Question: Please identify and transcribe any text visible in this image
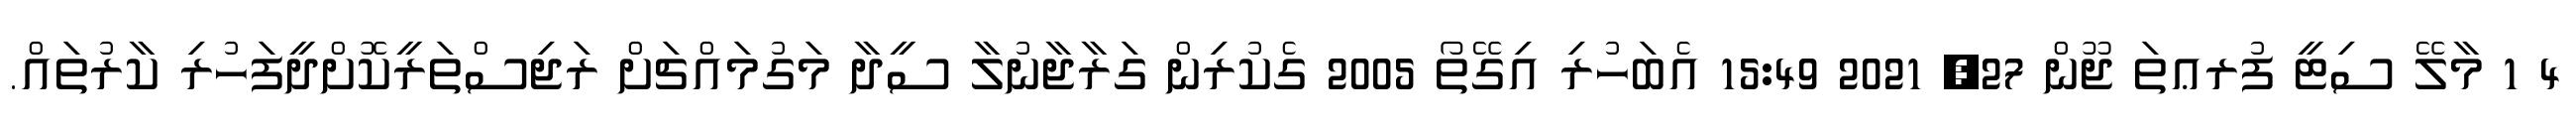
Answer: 4 1 މާލޭ ސިޓީ ފުރޢތަ ޖޫން 27, 2021 15:49 އެބަހުރި އިގޭތޯ 2005 ގެކުރިން ގަރާޖާނުލާ ސީދާ މަގުމައްޗަށް ރަޖިސްތަރީކޮށްދީފަހުރި ކާރުތައް.